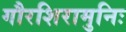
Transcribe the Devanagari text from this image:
गौरशिरामुनिः